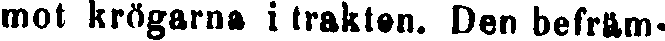
mot krögarna i trakten. Den befräm-